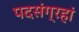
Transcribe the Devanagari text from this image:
पदसंग्रहां